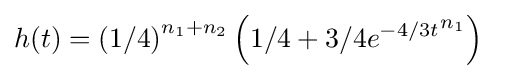
h(t)=\left(1/4\right)^{n_{1}+n_{2}}\left(1/4+3/4{e^{-4/3t}}^{n_{1}}\right)\